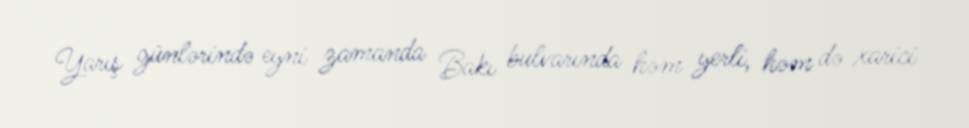
Yarış günlərində eyni zamanda Bakı bulvarında həm yerli, həm də xarici